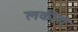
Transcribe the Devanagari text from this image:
लकीरो